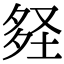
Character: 𡌪